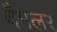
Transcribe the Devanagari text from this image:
दैमलर